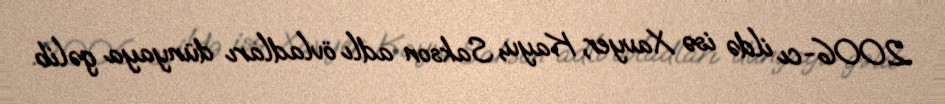
2006-cı ildə isə Xavyer, Kayu, Sakson adlı övladları dünyaya gəlib.